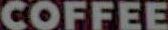
COFFEE